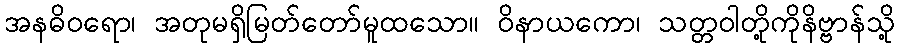
အနဓိဝရော၊ အတုမရှိမြတ်တော်မူထသော။ ဝိနာယကော၊ သတ္တဝါတို့ကိုနိဗ္ဗာန်သို့